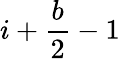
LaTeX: i+{\frac{b}{2}}-1